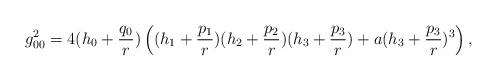
LaTeX: \begin{align*}g_{00}^2=4(h_0+{q_0\over r}) \left((h_1+{p_1\over r})(h_2+{p_2\over r})(h_3+{p_3\over r})+a(h_3+{p_3\over r})^3\right),\end{align*}